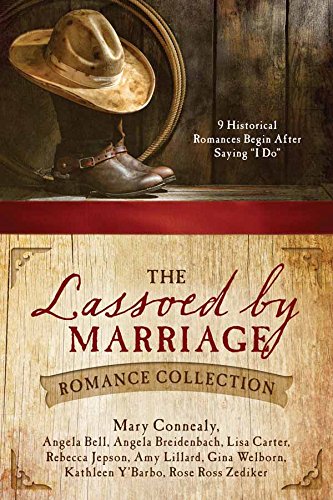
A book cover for The Lassoed by Marriage Romance Collection: 9 Historical Romances Begin After Saying "I Do"; Angela Bell; Romance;